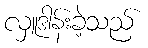
လှူဒါန်းခဲ့သည်